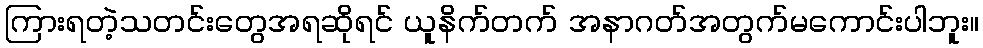
ကြားရတဲ့သတင်းတွေအရဆိုရင် ယူနိက်တက် အနာဂတ်အတွက်မကောင်းပါဘူး။